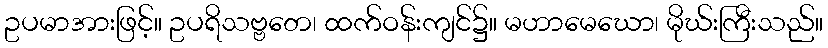
ဥပမာအားဖြင့်။ ဥပရိသဗ္ဗတေ၊ ထက်ဝန်းကျင်၌။ မဟာမေဃော၊ မိုဃ်းကြီးသည်။